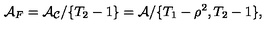
{ \cal A } _ { F } = { \cal A _ { C } } / \{ T _ { 2 } - 1 \} = { \cal A } / \{ T _ { 1 } - \rho ^ { 2 } , T _ { 2 } - 1 \} ,